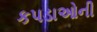
કપડાઓની